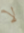
لا